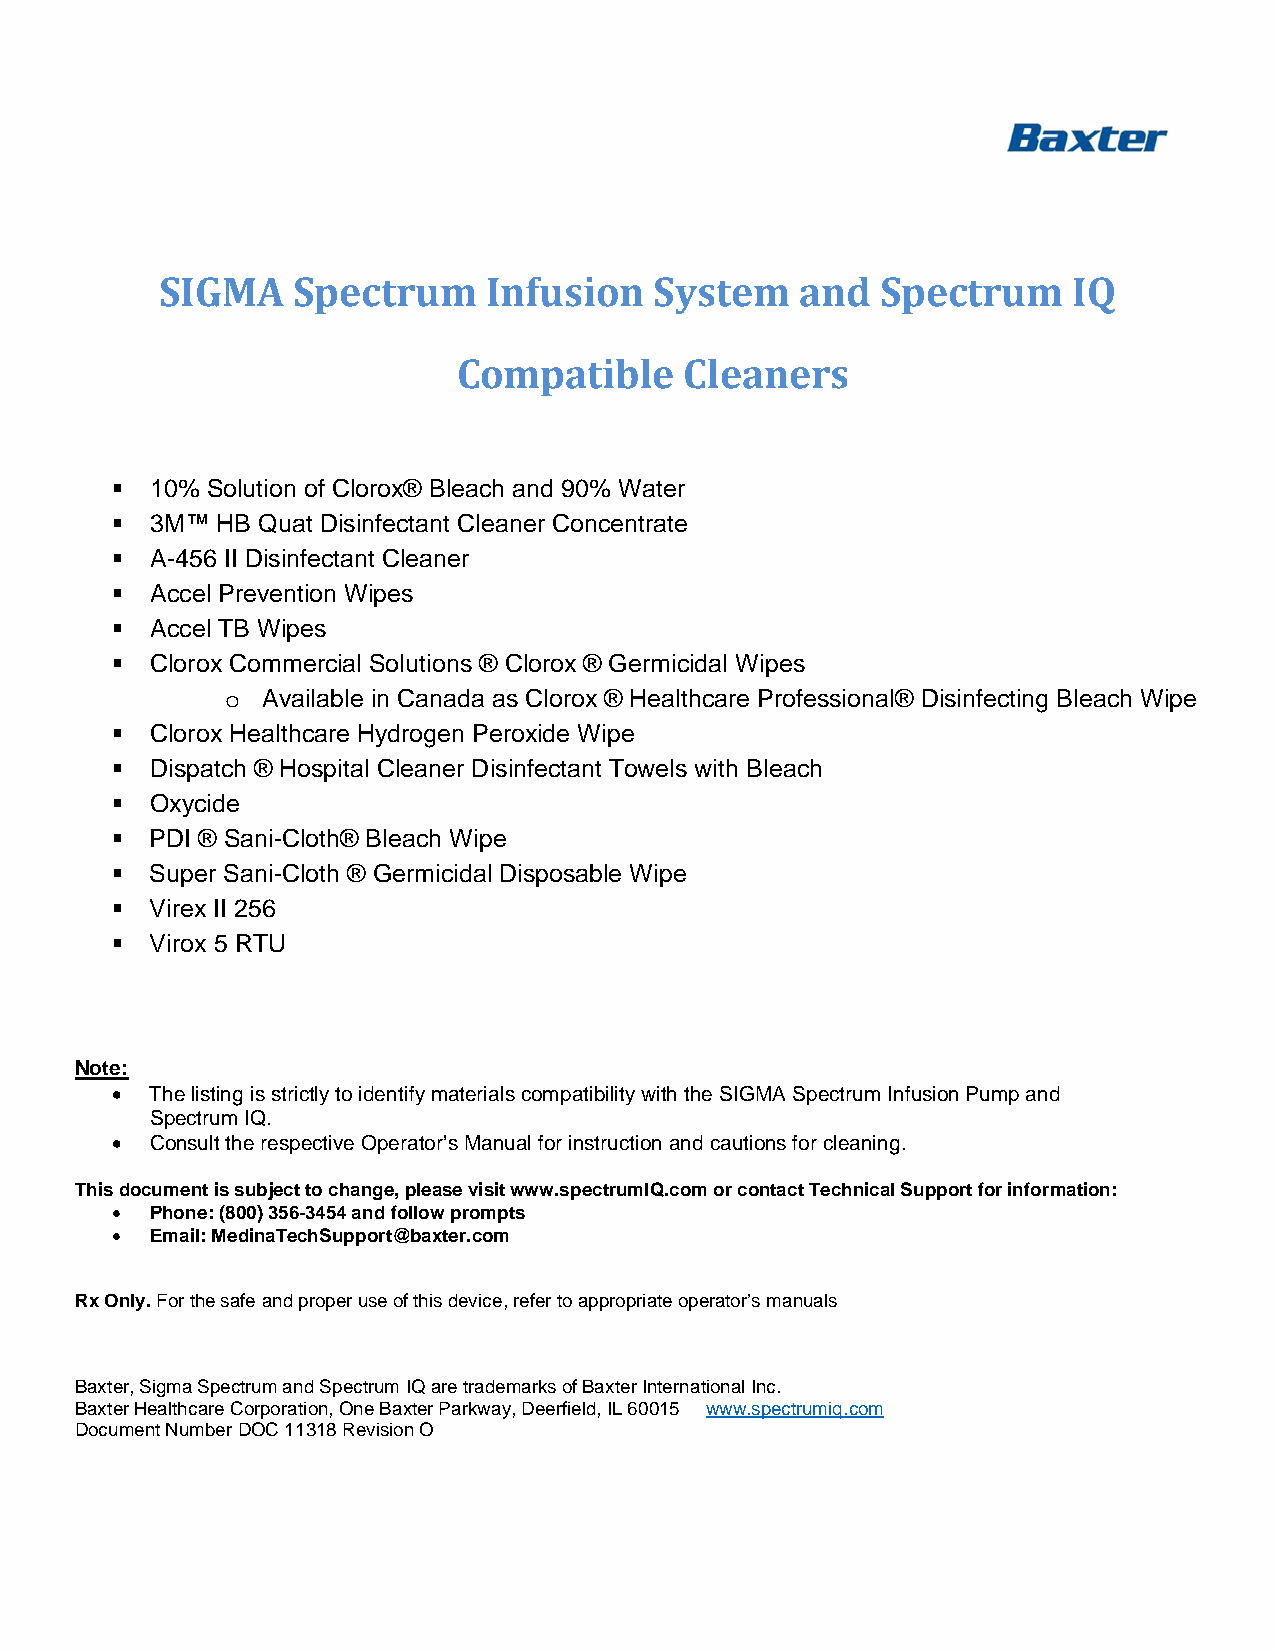
SIGMA   Spectrum     Infusion   System    and  Spectrum     IQ
 Compatible     Cleaners
   10% Solution of Clorox® Bleach and 90% Water
   3M™ HB Quat Disinfectant Cleaner Concentrate
   A-456 II Disinfectant Cleaner
   Accel Prevention Wipes
   Accel TB Wipes
   Clorox Commercial Solutions ® Clorox ® Germicidal Wipes
 o Available in Canada as Clorox ® Healthcare Professional® Disinfecting Bleach Wipe
   Clorox Healthcare Hydrogen Peroxide Wipe
   Dispatch ® Hospital Cleaner Disinfectant Towels with Bleach
   Oxycide
   PDI ® Sani-Cloth® Bleach Wipe
   Super Sani-Cloth ® Germicidal Disposable Wipe
   Virex II 256
   Virox 5 RTU
 Note:
   The listing is strictly to identify materials compatibility with the SIGMA Spectrum Infusion Pump and
 Spectrum IQ.
   Consult the respective Operator’s Manual for instruction and cautions for cleaning.
 This document is subject to change, please visit www.spectrumIQ.com or contact Technical Support for information:
   Phone: (800) 356-3454 and follow prompts
   Email: MedinaTechSupport@baxter.com
 Rx Only. For the safe and proper use of this device, refer to appropriate operator’s manuals
 Baxter, Sigma Spectrum and Spectrum IQ are trademarks of Baxter International Inc.
 Baxter Healthcare Corporation, One Baxter Parkway, Deerfield, IL 60015 www.spectrumiq.com
 Document Number DOC 11318 Revision O